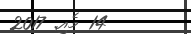
14 މެއި